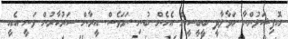
އޮފިޝަލުންނާ ހަވާލާދީ ބީބީސީން އެހެން ބުނި ނަމަވެސް އީރާން ސަރުކާރުން ވަނީ އެއީ